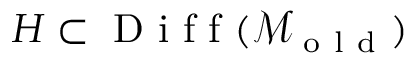
H \subset \mathrm { ~ D ~ i ~ f ~ f ~ } ( \mathcal { M } _ { \mathrm { ~ o ~ l ~ d ~ } } )